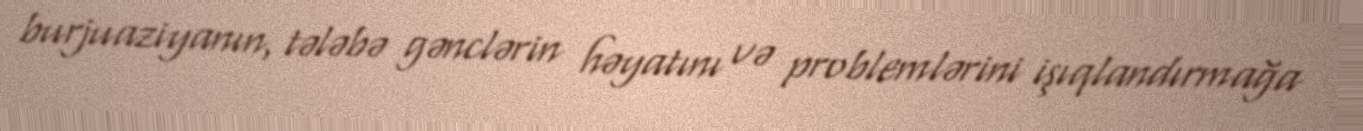
burjuaziyanın, tələbə gənclərin həyatını və problemlərini işıqlandırmağa